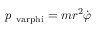
p _ { \mathrm { \ v a r p h i } } = m r ^ { 2 } { \dot { \varphi } }